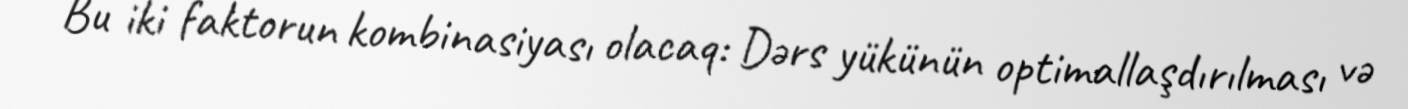
Bu iki faktorun kombinasiyası olacaq: Dərs yükünün optimallaşdırılması və